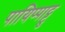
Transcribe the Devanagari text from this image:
पायिप्पाट्टु